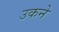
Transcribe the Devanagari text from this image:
उकने